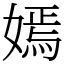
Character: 嫣